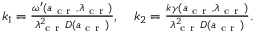
\begin{array} { r } { k _ { 1 } = \frac { \omega ^ { \prime } ( a _ { \mathrm { ~ c ~ r ~ } } , \lambda _ { \mathrm { ~ c ~ r ~ } } ) } { \lambda _ { \mathrm { ~ c ~ r ~ } } ^ { 2 } D ( a _ { \mathrm { ~ c ~ r ~ } } ) } , \quad k _ { 2 } = \frac { k \gamma ( a _ { \mathrm { ~ c ~ r ~ } } , \lambda _ { \mathrm { ~ c ~ r ~ } } ) } { \lambda _ { \mathrm { ~ c ~ r ~ } } ^ { 2 } D ( a _ { \mathrm { ~ c ~ r ~ } } ) } . } \end{array}